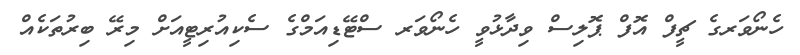
ހެނޯވަރގެ ޗީފް އޮފް ޕޮލިސް ވިދާޅުވީ ހެނޯވަރ ސްޓޭޑިއަމްގެ ސެކިއުރިޓީއަށް މިރޭ ބިރުތަކެއް